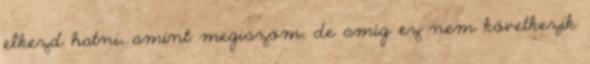
elkezd hatni, amint megiszom, de amíg ez nem következik